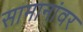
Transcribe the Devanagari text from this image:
सामानांवर